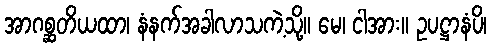
အာဂစ္ဆတိယထာ၊ နံနက်အခါလာသကဲ့သို့။ မေ၊ ငါအား။ ဥပဋ္ဌာနံပိ၊